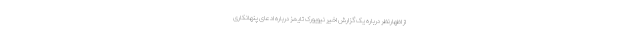
از اظهارنظر درباره یک گزارش اخیر نیویورک تایمز درباره ادعای پنهانکاری